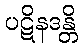
ပဋိနဒန္တိ